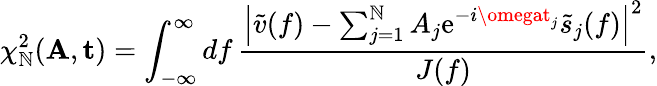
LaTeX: \chi_{\mathbb{N}}^{2}(\mathbf{{A}},\mathbf{{t}})=\int_{-\infty}^{\infty}\mathop{df}\frac{{\left|\tilde{{v}}(f)-\sum_{j=1}^{\mathbb{N}}A_{j}\mathrm{{e}}^{-i\omegat_{j}}\tilde{{s}}_{j}(f)\right|^{2}}}{{J(f)}},